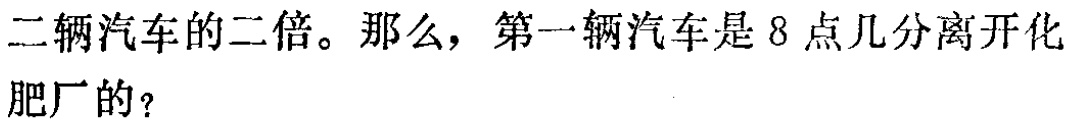
二辆汽车的二倍。那么，第一辆汽车是8点几分离开化肥厂的？